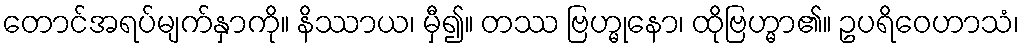
တောင်အရပ်မျက်နှာကို။ နိဿာယ၊ မှီ၍။ တဿ ဗြဟ္မုနော၊ ထိုဗြဟ္မာ၏။ ဥပရိဝေဟာသံ၊